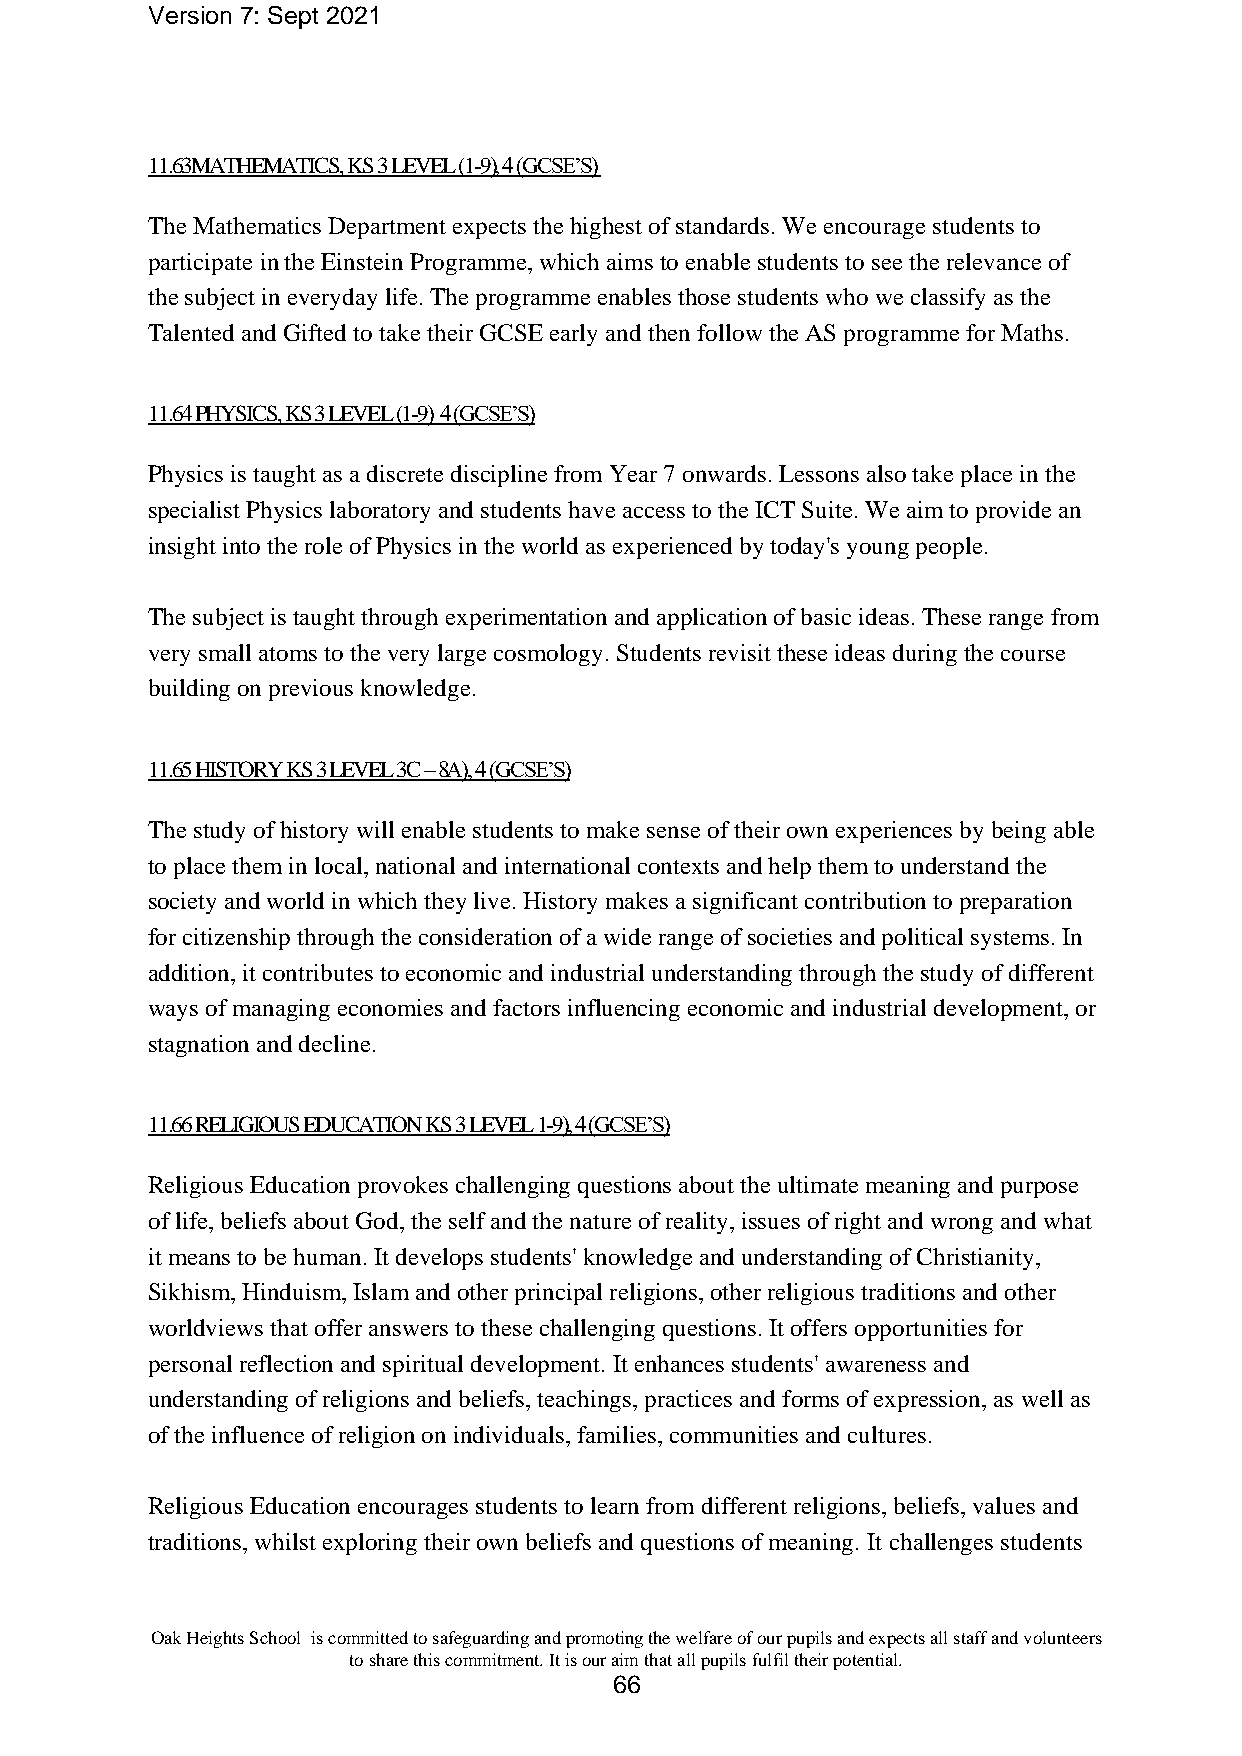
Version 7: Sept 2021
 11.63MATHEMATICS, KS 3 LEVEL (1-9), 4 (GCSE’S)
 The Mathematics Department expects the highest of standards. We encourage students to
 participate in the Einstein Programme, which aims to enable students to see the relevance of
 the subject in everyday life. The programme enables those students who we classify as the
 Talented and Gifted to take their GCSE early and then follow the AS programme for Maths.
 11.64 PHYSICS, KS 3 LEVEL (1-9) 4 (GCSE’S)
 Physics is taught as a discrete discipline from Year 7 onwards. Lessons also take place in the
 specialist Physics laboratory and students have access to the ICT Suite. We aim to provide an
 insight into the role of Physics in the world as experienced by today's young people.
 The subject is taught through experimentation and application of basic ideas. These range from
 very small atoms to the very large cosmology. Students revisit these ideas during the course
 building on previous knowledge.
 11.65 HISTORY KS 3 LEVEL 3C – 8A), 4 (GCSE’S)
 The study of history will enable students to make sense of their own experiences by being able
 to place them in local, national and international contexts and help them to understand the
 society and world in which they live. History makes a significant contribution to preparation
 for citizenship through the consideration of a wide range of societies and political systems. In
 addition, it contributes to economic and industrial understanding through the study of different
 ways of managing economies and factors influencing economic and industrial development, or
 stagnation and decline.
 11.66 RELIGIOUS EDUCATION KS 3 LEVEL 1-9), 4 (GCSE’S)
 Religious Education provokes challenging questions about the ultimate meaning and purpose
 of life, beliefs about God, the self and the nature of reality, issues of right and wrong and what
 it means to be human. It develops students' knowledge and understanding of Christianity,
 Sikhism, Hinduism, Islam and other principal religions, other religious traditions and other
 worldviews that offer answers to these challenging questions. It offers opportunities for
 personal reflection and spiritual development. It enhances students' awareness and
 understanding of religions and beliefs, teachings, practices and forms of expression, as well as
 of the influence of religion on individuals, families, communities and cultures.
 Religious Education encourages students to learn from different religions, beliefs, values and
 traditions, whilst exploring their own beliefs and questions of meaning. It challenges students
 Oak Heights School is committed to safeguarding and promoting the welfare of our pupils and expects all staff and volunteers
 to share this commitment. It is our aim that all pupils fulfil their potential.
 66